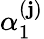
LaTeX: \alpha_{1}^{(\mathbf{j})}